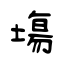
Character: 塲